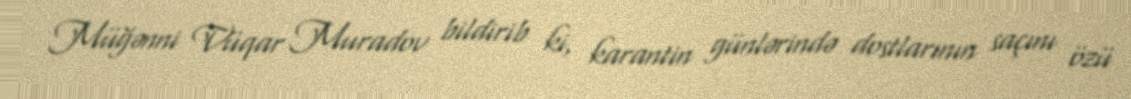
Müğənni Vüqar Muradov bildirib ki, karantin günlərində dostlarının saçını özü